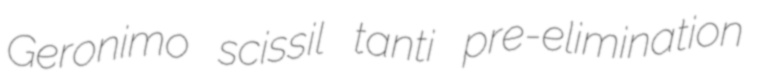
Geronimo scissil tanti pre-elimination